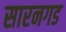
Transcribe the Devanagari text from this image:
सारनगड